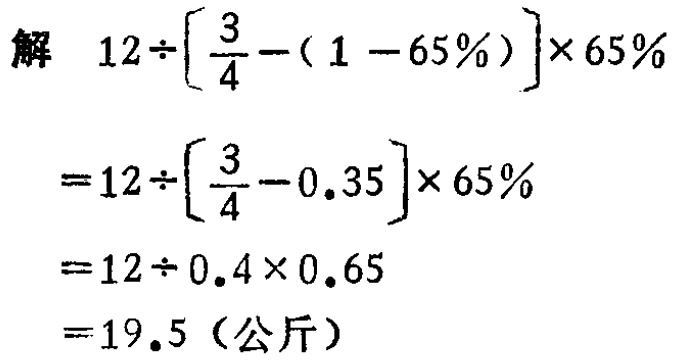
\[

\begin{align*}

&解\quad12\div\left[\frac{3}{4}-(1 - 65\%)\right]\times65\%\\

=&12\div\left[\frac{3}{4}-0.35\right]\times65\%\\

=&12\div0.4\times0.65\\

=&19.5（公斤）

\end{align*}

\]